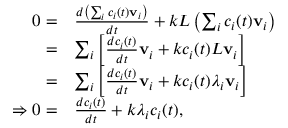
{ \begin{array} { r l } { 0 = } & { { \frac { d \left( \sum _ { i } c _ { i } ( t ) \mathbf { v } _ { i } \right) } { d t } } + k L \left( \sum _ { i } c _ { i } ( t ) \mathbf { v } _ { i } \right) } \\ { = } & { \sum _ { i } \left[ { \frac { d c _ { i } ( t ) } { d t } } \mathbf { v } _ { i } + k c _ { i } ( t ) L \mathbf { v } _ { i } \right] } \\ { = } & { \sum _ { i } \left[ { \frac { d c _ { i } ( t ) } { d t } } \mathbf { v } _ { i } + k c _ { i } ( t ) \lambda _ { i } \mathbf { v } _ { i } \right] } \\ { \Rightarrow 0 = } & { { \frac { d c _ { i } ( t ) } { d t } } + k \lambda _ { i } c _ { i } ( t ) , } \end{array} }